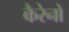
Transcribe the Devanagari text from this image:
कैरेनो